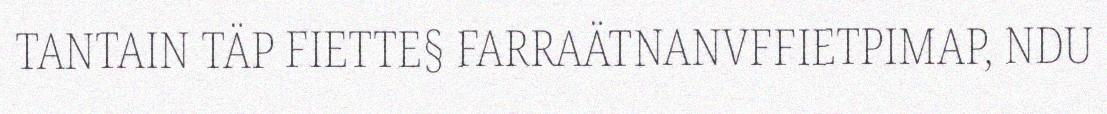
TANTAIN TÄP FIETTE§ FARRAÄTNANVFFIETPIMAP, NDU